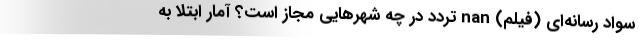
سواد رسانه‌ای (فیلم) nan تردد در چه شهرهایی مجاز است؟ آمار ابتلا به